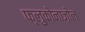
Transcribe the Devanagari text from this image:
फ्लुकोनाज़ोल